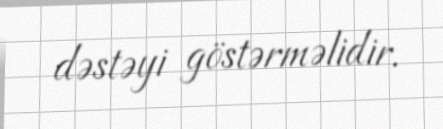
dəstəyi göstərməlidir.